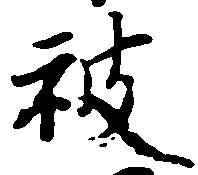
被